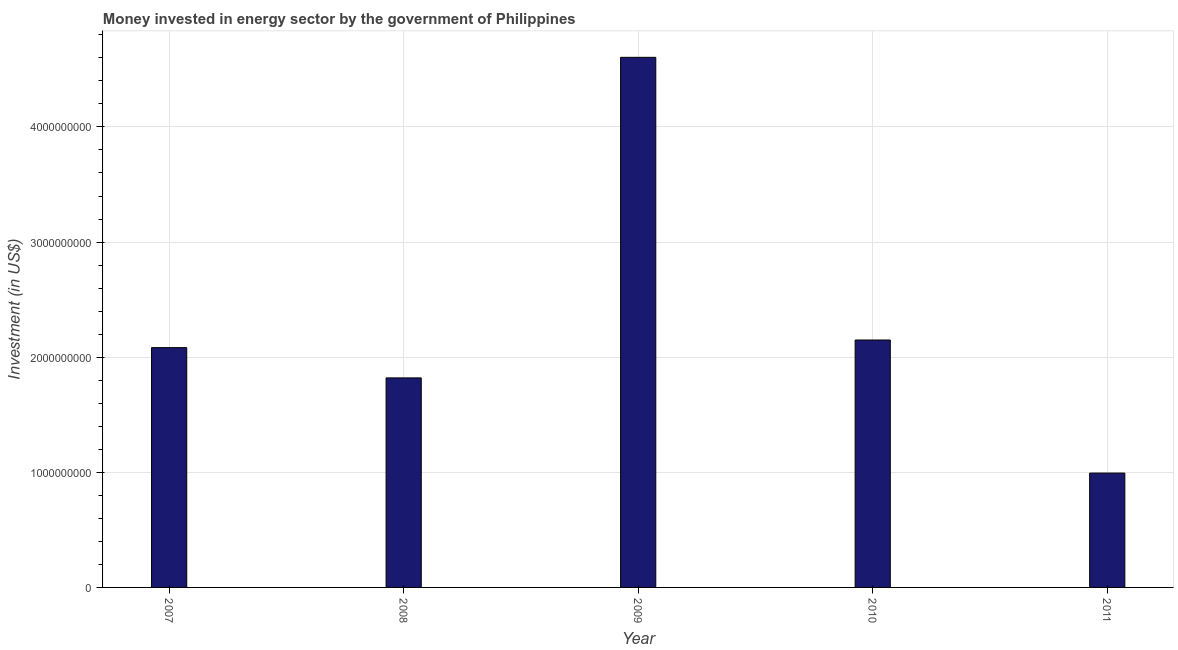
| Year | Investment in energy with private participation (current US$) |
 | --- | --- |
 | 2007 | 2.08e+09 |
 | 2008 | 1.82e+09 |
 | 2009 | 4.6e+09 |
 | 2010 | 2.15e+09 |
 | 2011 | 9.93e+08 |